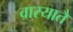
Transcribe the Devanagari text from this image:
वारयातै